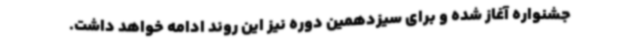
جشنواره آغاز شده و برای سیزدهمین دوره نیز این روند ادامه خواهد داشت.